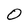
Character: O